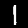
Digit: 1